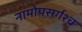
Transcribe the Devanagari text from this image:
नामोपसर्गश्च